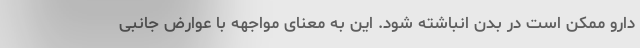
دارو ممکن است در بدن انباشته شود. این به معنای مواجهه با عوارض جانبی